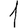
Digit: 1